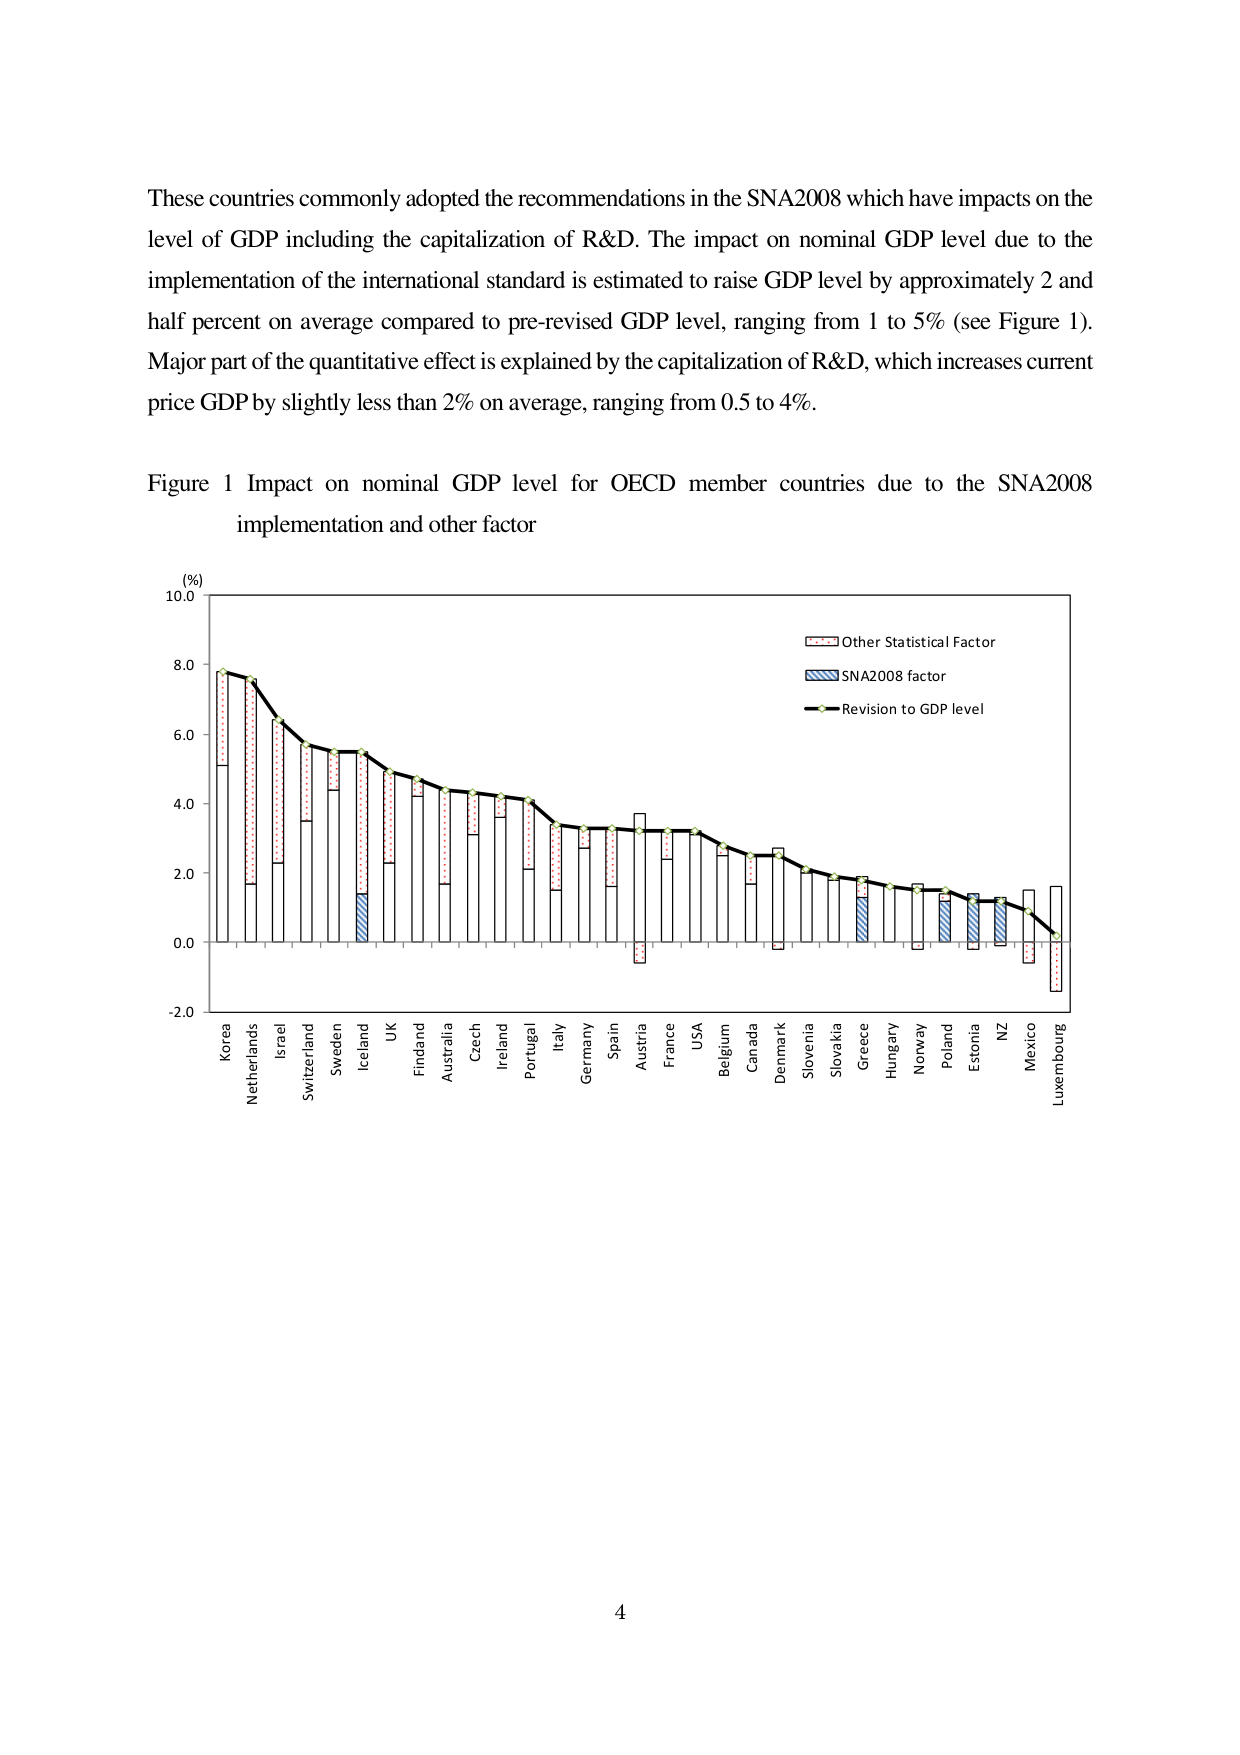
These countries commonly adopted the recommendations in the SNA2008 which have impacts on the level of GDP including the capitalization of R&D. The impact on nominal GDP level due to the implementation of the international standard is estimated to raise GDP level by approximately 2 and half percent on average compared to pre-revised GDP level, ranging from 1 to 5% (see Figure 1). Major part of the quantitative effect is explained by the capitalization of R&D, which increases current price GDP by slightly less than 2% on average, ranging from 0.5 to 4%.

Figure 1 Impact on nominal GDP level for OECD member countries due to the SNA2008 implementation and other factor

(%)
10.0
8.0
6.0
4.0
2.0
0.0
-2.0

Other Statistical Factor
SNA2008 factor
Revision to GDP level

Korea
Netherlands
Israel
Switzerland
Sweden
Iceland
UK
Finland
Australia
Czech
Ireland
Portugal
Italy
Germany
Spain
Austria
France
USA
Belgium
Canada
Denmark
Slovenia
Slovakia
Greece
Hungary
Norway
Poland
Estonia
NZ
Mexico
Luxembourg

4